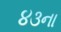
૪૩ના